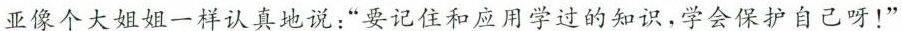
亚像个大姐姐一样认真地说：”要记住和应用学过的知识，学会保护自己呀！”